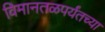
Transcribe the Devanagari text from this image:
विमानतळपर्यंतच्या